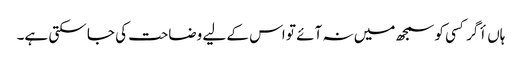
ہاں أگر کسی کو سمجھ میں نہ آئے تو اس کے لیے وضاحت کی جا سکتی ہے۔